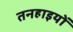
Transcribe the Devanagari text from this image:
तनहाइयों